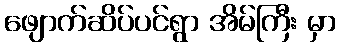
ဖျောက်ဆိပ်ပင်ရွာ အိမ်ကြီး မှာ